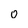
Character: 0